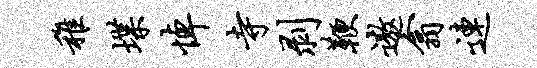
稚堞悼寺剥鞭遨翕连